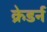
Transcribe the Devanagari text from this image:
क्रेडर्न